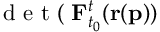
\textup { d e t } ( \mathbf { \nabla } \mathbf { F } _ { t _ { 0 } } ^ { t } ( \mathbf { r } ( \mathbf { p } ) )